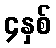
၄နှစ်